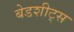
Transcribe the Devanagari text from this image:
बेडशीट्स